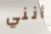
أنني